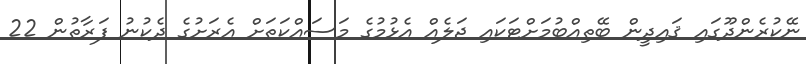
ނޭކުރެންދޫގައި ޤައިދީން ބޭތިއްބުމަށްޓަކައި ޖަލެއް އެޅުމުގެ މަސައްކަތަށް އެރަށުގެ ދެކުނު ފަރާތުން 22